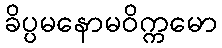
ခိပ္ပမနောမဝိက္ကမော